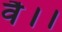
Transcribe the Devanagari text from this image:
वै।।